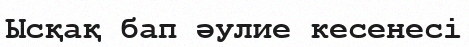
Ысқақ бап әулие кесенесі